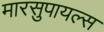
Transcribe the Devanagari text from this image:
मारसुपायल्स